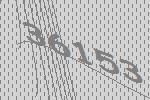
36153